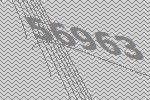
56963